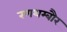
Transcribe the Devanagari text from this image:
रणथम्बौर